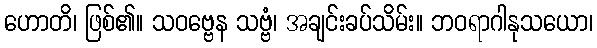
ဟောတိ၊ ဖြစ်၏။ သဝဗ္ဗေန သဗ္ဗံ၊ အချင်းခပ်သိမ်း။ ဘဝရာဂါနုသယော၊